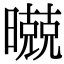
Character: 𣋢